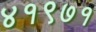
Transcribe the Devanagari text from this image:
४१९७१